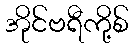
အိုင်ဗရီကို့စ်